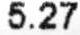
5.27